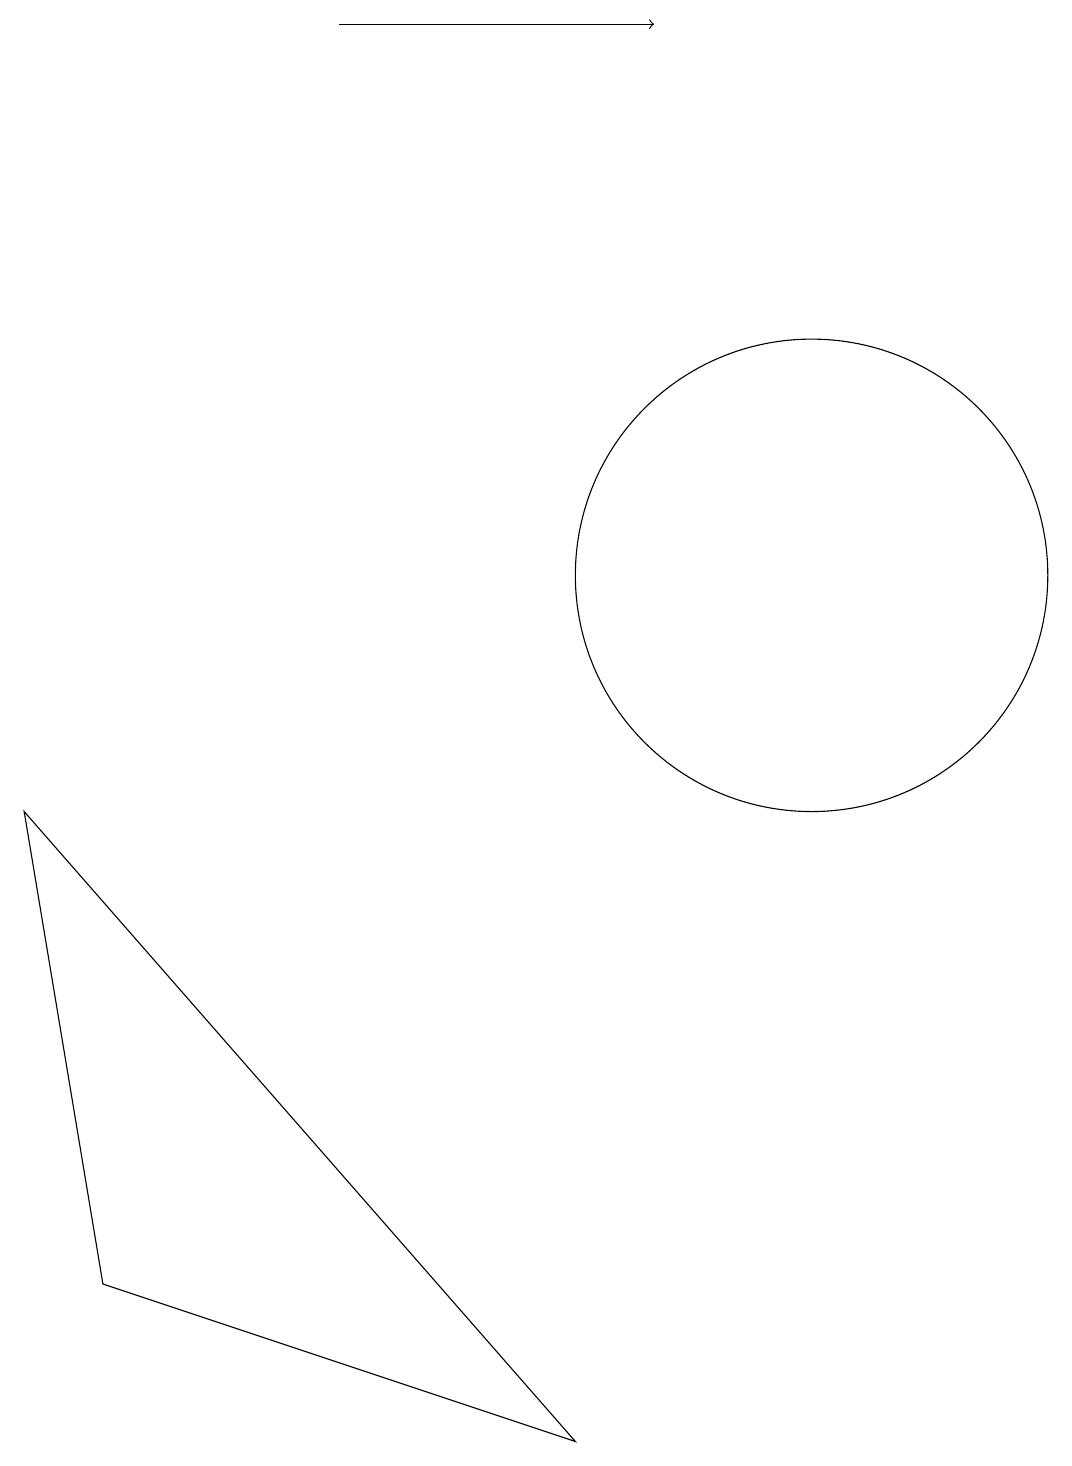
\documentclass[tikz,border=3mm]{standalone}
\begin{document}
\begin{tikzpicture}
\draw (11,12) circle (3);
\draw (1,9) -- (2,3) -- (8,1) -- cycle;
\draw[->] (5,19) -- (9,19);
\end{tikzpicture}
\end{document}